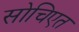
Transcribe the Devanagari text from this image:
सोचिएत